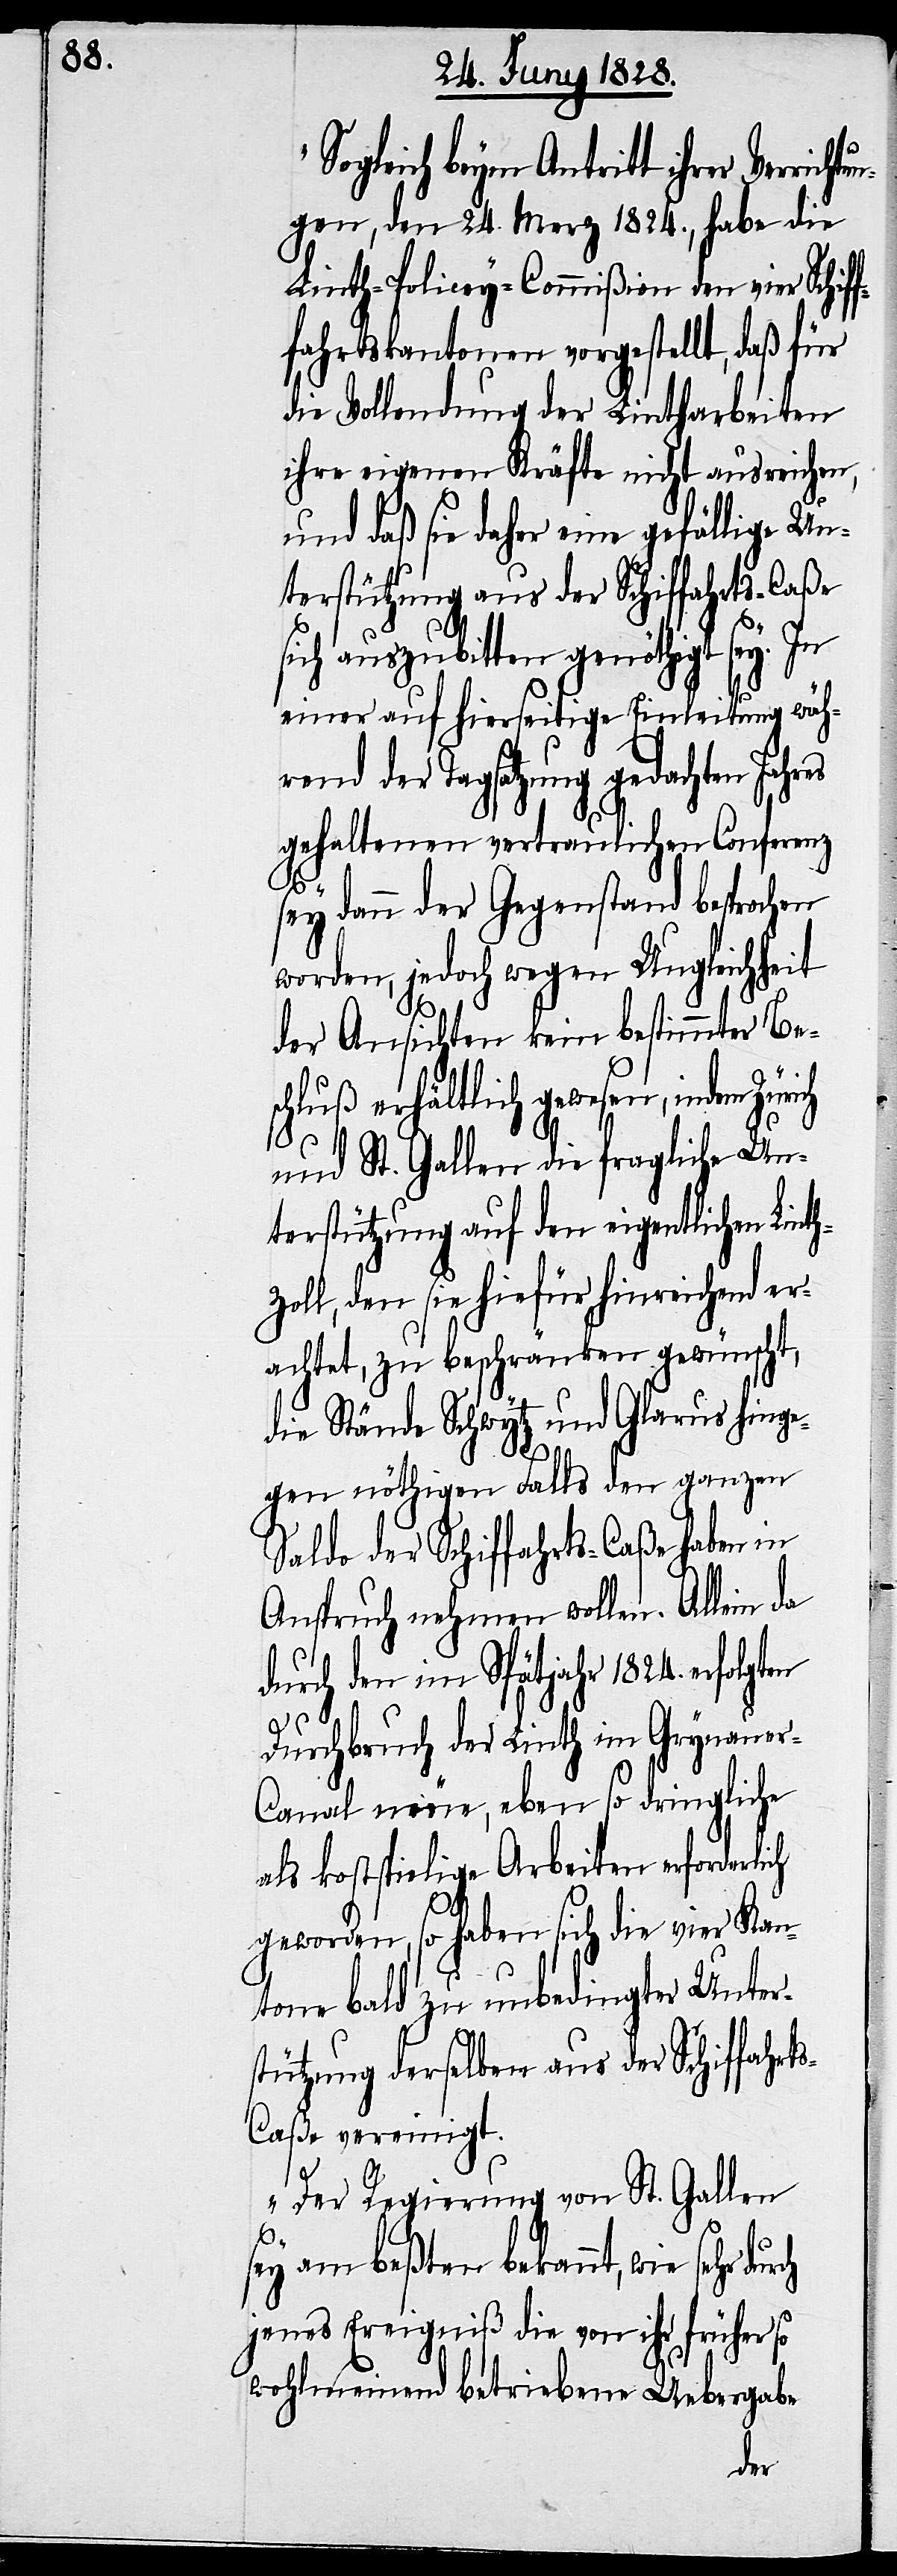
ogleich beym Antritt ihrer Verrich¬
tungen, den 24. Merz 1824., habe die
Linth-Policey-Commißion den vier Schiff¬
fahrtskantonen vorgestellt, daß für
die Vollendung der Lintharbeiten
ihre eigenen Kräfte nicht ausreichen,
und daß sie daher eine gefällige Un¬
terstützung aus der Schiffahrts-Caße
sich auszubitten genöthigt sey. In
einer auf hierseitige Einleitung währ¬
end der Tagsatzung gedachten
gehaltenen vertraulichen Conferenz
sey dann der Gegenstand besprochen
worden, jedoch wegen Ungleichheit
der Ansichten kein bestimmter Be¬
schluß erhältlich gewesen, indem Züri¬
und St. Gallen die fragliche Un¬
terstützung auf den eigentlichen Lint¬
zoll, den sie hiefür hinreichend er¬
achtet, zu beschränken gewünscht,
die Stände Schwytz und Glarus hinge¬
gen nöthigen Falls den ganzen
Saldo der Schiffahrts-Caßa haben in
Anspruch nehmen wollen. Allein da
durch den im Spätjahr 1824. erfolgten
Durchbruch der Linth im Grynaue¬
r-Canal neue, eben so dringliche
als kostspielige Arbeiten erforderlich
h¬
geworden, so haben sich die vier Kan¬
tone bald zu unbedingter Unter¬
stützung derselben aus der Schiffahrt¬
s-Caße vereinigt.
Der Regierung von St. Gallen
sey am beßten bekannt, wie sehr
jenes Ereigniß die von ihr früher so
wohlmeinend betriebene Uebergabe